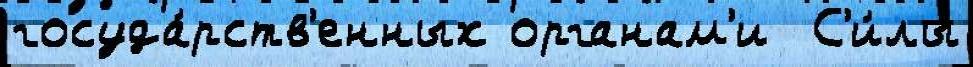
госуда́рств'енных органам'и  С'и́лы